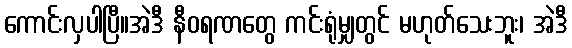
ကောင်းလှပါပြီ။အဲဒီ နီဝရဏတွေ ကင်းရုံမျှတွင် မဟုတ်သေးဘူး၊ အဲဒီ